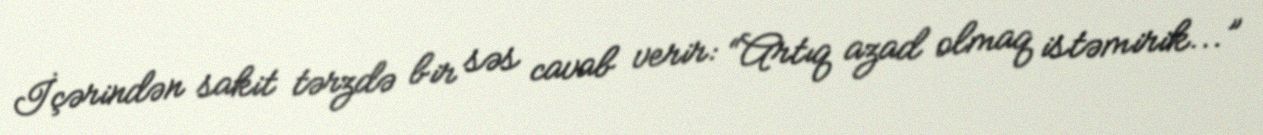
İçərindən sakit tərzdə bir səs cavab verir: “Artıq azad olmaq istəmirik...”